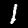
Digit: 1